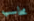
محاسب